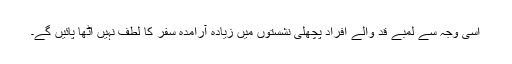
اسی وجہ سے لمبے قد والے افراد پچھلی نشستوں میں زیادہ آرامدہ سفر کا لطف نہیں اٹھا پائیں گے۔